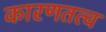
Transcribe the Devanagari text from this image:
कारणतत्व